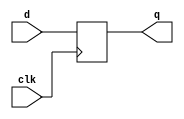
//
//
// https://hdlbits.01xz.net/wiki/Dff
//
//

`default_nettype none

module top_module (
    input       clk,
    input       d,
    output reg  q
);

    always @(posedge clk) begin
        q <= d;
    end

endmodule